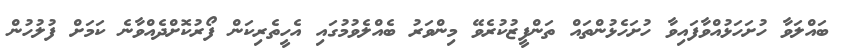
ބައްލަވާ ހުށަހަޅުއްވާފައިވާ ހުށަހެޅުންތައް ތަންފީޒުކުރެވޭ މިންވަރު ބެއްލެވުމުގައި އެހީތެރިކަން ފޯރުކޮށްދެއްވާނެ ކަމަށް ފުލުހުން